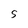
Character: S